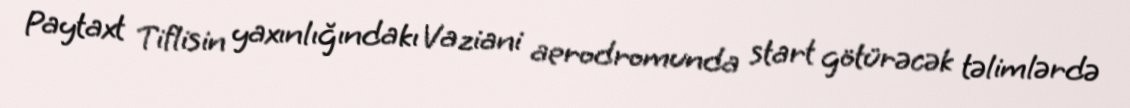
Paytaxt Tiflisin yaxınlığındakı Vaziani aerodromunda start götürəcək təlimlərdə